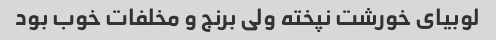
لوبیای خورشت نپخته ولی برنج و مخلفات خوب بود